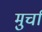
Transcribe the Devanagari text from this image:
मुर्चा